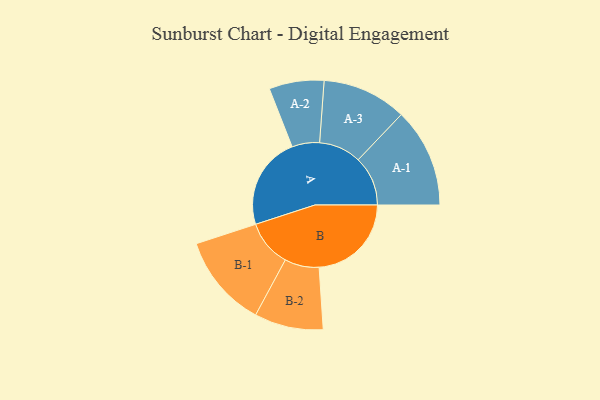
{"axis": {"x": "Segment", "y": "Value"}, "legend": ["", "A", "B"], "data": [{"x": "A", "y": 439, "type": ""}, {"x": "B", "y": 437, "type": ""}, {"x": "A-1", "y": 235, "type": "A"}, {"x": "A-2", "y": 130, "type": "A"}, {"x": "A-3", "y": 200, "type": "A"}, {"x": "B-1", "y": 221, "type": "B"}, {"x": "B-2", "y": 163, "type": "B"}]}